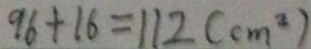
9 6 + 1 6 = 1 1 2 ( c m ^ { 2 } )